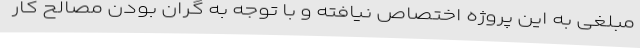
مبلغی به این پروژه اختصاص نیافته و با توجه به گران بودن مصالح کار